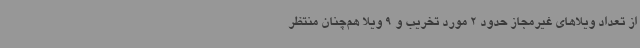
از تعداد ویلاهای غیرمجاز حدود 2 مورد تخریب و 9 ویلا هم‌چنان منتظر